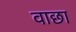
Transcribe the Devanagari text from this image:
वाछा